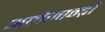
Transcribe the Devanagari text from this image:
अलेजान्द्रो